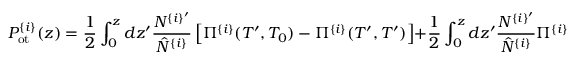
P _ { \mathrm { o t } } ^ { \{ i \} } ( z ) = \frac { 1 } { 2 } \int _ { 0 } ^ { z } d z ^ { \prime } \frac { N ^ { \{ i \} ^ { \prime } } } { \hat { N } ^ { \{ i \} } } \left[ \Pi ^ { \{ i \} } ( T ^ { \prime } , T _ { 0 } ) - \Pi ^ { \{ i \} } ( T ^ { \prime } , T ^ { \prime } ) \right] + \frac { 1 } { 2 } \int _ { 0 } ^ { z } d z ^ { \prime } \frac { N ^ { \{ i \} ^ { \prime } } } { \hat { N } ^ { \{ i \} } } \Pi ^ { \{ i \} } ( T ^ { \prime } , T ^ { \prime } ) .